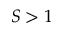
S > 1